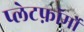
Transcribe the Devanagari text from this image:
प्लेटफ़ॉर्मों